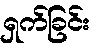
ရှက်ခြင်း